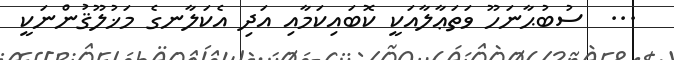
...  ސުބުޙާނަހޫ ވަތަޢާލާއަކީ ކޮބައިކަމާއި އަދި އެކަލާނގެ މަޚުލޫޤުންނަކީ